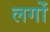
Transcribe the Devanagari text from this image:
लगों